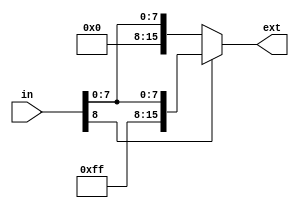
/*
Monash University ECE2072: Assignment 

Please enter your name and student ID:

*/

`timescale 1ns/1ns

// Sign extender module-------------------------------------------------

module sign_extend(in,ext);

input[8:0] in;
output reg[15:0] ext;

always @(in)
begin
if (in[8] == 1'b0) begin
        ext <= {7'b0000000, in}; // Positive number, extend with zeros
    end 
else begin
        ext <= {7'b1111111, in}; // Negative number, extend with ones
end
end

endmodule

// Tick FSM Module----------------------------------------------------

module tick_FSM(rst, clk, enable, tick);

input  clk,enable,rst;
output  [3:0] tick;

// Define state enumeration
parameter S0 = 4'b0001;
parameter S1 = 4'b0010;
parameter S2 = 4'b0100;
parameter S3 = 4'b1000;

// Define state register
reg [3:0] current_state, next_state;

//Outputs
assign tick=current_state;

// FSM logic
always @(negedge clk ) begin

    if ( rst) begin
        current_state <= S0;
    end 

    else if (enable) begin
        case (current_state)
            S0: next_state <= S1;
            S1: next_state <= S2;
            S2: next_state <= S3;
            S3: next_state <= S0;
            default: next_state <= S0;
        endcase
    end
end

// State register update
always @(posedge clk) begin
    if (enable) begin
        current_state <= next_state;
    end
end

endmodule

// ALU module -----------------------------------------------------
module alu(input_a, input_b,alu_op,result);
// InPut Ports
input [15:0] input_a, input_b;
input [2:0]alu_op;
output reg [15:0]result;

//Internal wires
wire [15:0] result_add,result_sub,result_lshift,result_rshift,result_mul;

//Generate Intermideate results
assign #1 result_add =input_a+input_b;
assign #1 result_sub =input_a -input_b;
assign #1 result_mul =input_a * input_b;
assign #1 result_lshift =input_b << 1;
assign #1 result_rshift =input_b >> 1;

//Send correct result according to opcode
  always @(*)
  begin

    case (alu_op)
         3'b000     : result =result_add;
         3'b001     : result=result_sub;
         3'b010     : result =result_mul;
         3'b011     : result=result_rshift;
         3'b100     : result=result_lshift;
         default : result=result_add;

    endcase
  end


endmodule 

//Multiplexer module----------------------------------------------------------

module multiplexer(SignExtDin, R0, R1, R2, R3, R4, R5, R6, R7, G, sel, Bus);

//input-output ports
input [15:0] SignExtDin, R0, R1, R2, R3, R4, R5, R6, R7, G;
input [3:0]sel;
output reg[15:0] Bus;

always @(*) begin
    case (sel)
        4'b0000: Bus = R0;
        4'b0001: Bus = R1;
        4'b0010: Bus = R2;
        4'b0011: Bus = R3;
        4'b0100: Bus = R4;
        4'b0101: Bus = R5;
        4'b0110: Bus = R6;
        4'b0111: Bus = R7;
        4'b1000: Bus = SignExtDin;
        4'b1001: Bus = G;
        default: Bus = 16'd0; // Default case (optional)
    endcase
end

endmodule

//Register_9 moduel---------------------------------------------------------
module register_9(r_in, enable, clk, Q, rst);

	parameter N = 9;
    //Input-Output ports
    input [N-1:0] r_in;
    input enable,clk,rst;
    output [N-1:0]Q;
    reg[N-1:0] register_9;

    assign #1 Q = register_9;

    //Register  update and reset logic
    always @(posedge clk)  begin

        if(rst)
        begin
           #1
           register_9 <= 9'd0;   // Reset the register
        end
        else 
        begin
           if(enable) 
             begin
             #1
             register_9 <= r_in; // Update the register 
             end

        end
    end
endmodule

//Register_16 module-------------------------------------------

module register_16(r_in, enable, clk, Q, rst);

	parameter N = 16;
 // Input-Output ports
    input [N-1:0] r_in;
    input enable,clk,rst;
    output [N-1:0]Q;

    reg[N-1:0] register_16;  // 16bit Register 

    assign #1 Q = register_16; // Assign output

   // Register update and resert Logic 
    always @(posedge clk)  begin

        if(rst)
        begin
           #1
           register_16 <= 16'd0;  // Reset the register
        end
        else 
        begin
           if(enable) 
             begin
             #1
             register_16 <= r_in;  //Update the register
             end

        end
    end
endmodule

//-------------------------------------------------------EOC-------------------------------------------------------------------